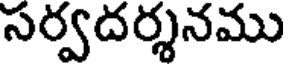
సర్వదర్శనము